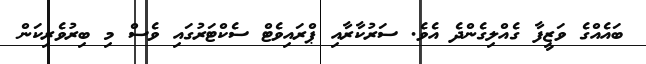
ބައެއްގެ ވަޒީފާ ގެއްލިގެންދެ އެވެ. ސަރުކާރާއި ޕްރައިވެޓް ސެކްޓަރުގައި ވެސް މި ބިރުވެރިކަން